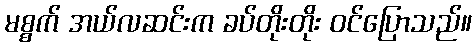
မစ္စက် အယ်လဆင်းက ခပ်တိုးတိုး ဝင်ပြောသည်။